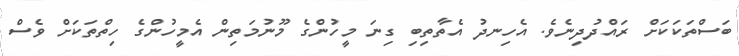
ބަސްތަކަކަށް ރައްދުދިނެވެ. އެހިނދު އެތާތިބި ގިނަ މީހުންގެ މޫނުމަތިން އެމީހުންގެ ހިތްތަކަށް ވެސް